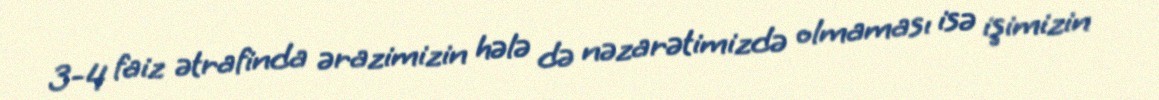
3-4 faiz ətrafinda ərazimizin hələ də nəzarətimizdə olmaması isə işimizin